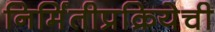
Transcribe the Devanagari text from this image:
निर्मितीप्रक्रियेची